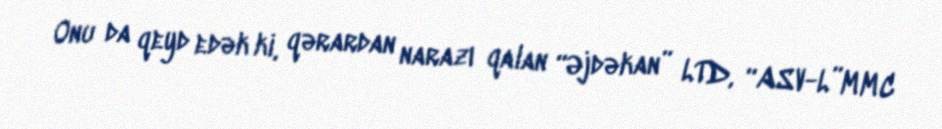
Onu da qeyd edək ki, qərardan narazı qalan “Əjdəkan” LTD, “ASV-L”MMC